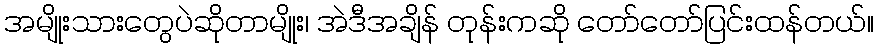
အမျိုးသားတွေပဲဆိုတာမျိုး၊ အဲဒီအချိန် တုန်းကဆို တော်တော်ပြင်းထန်တယ်။